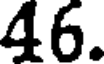
46.